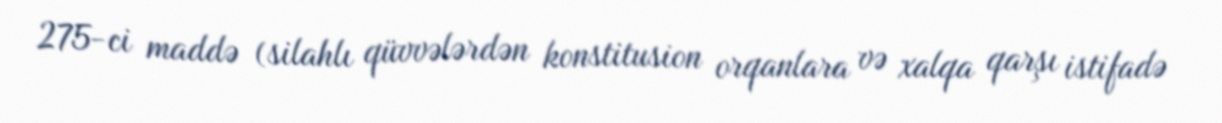
275-ci maddə (silahlı qüvvələrdən konstitusion orqanlara və xalqa qarşı istifadə